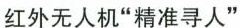
红外无人机”精准寻人”